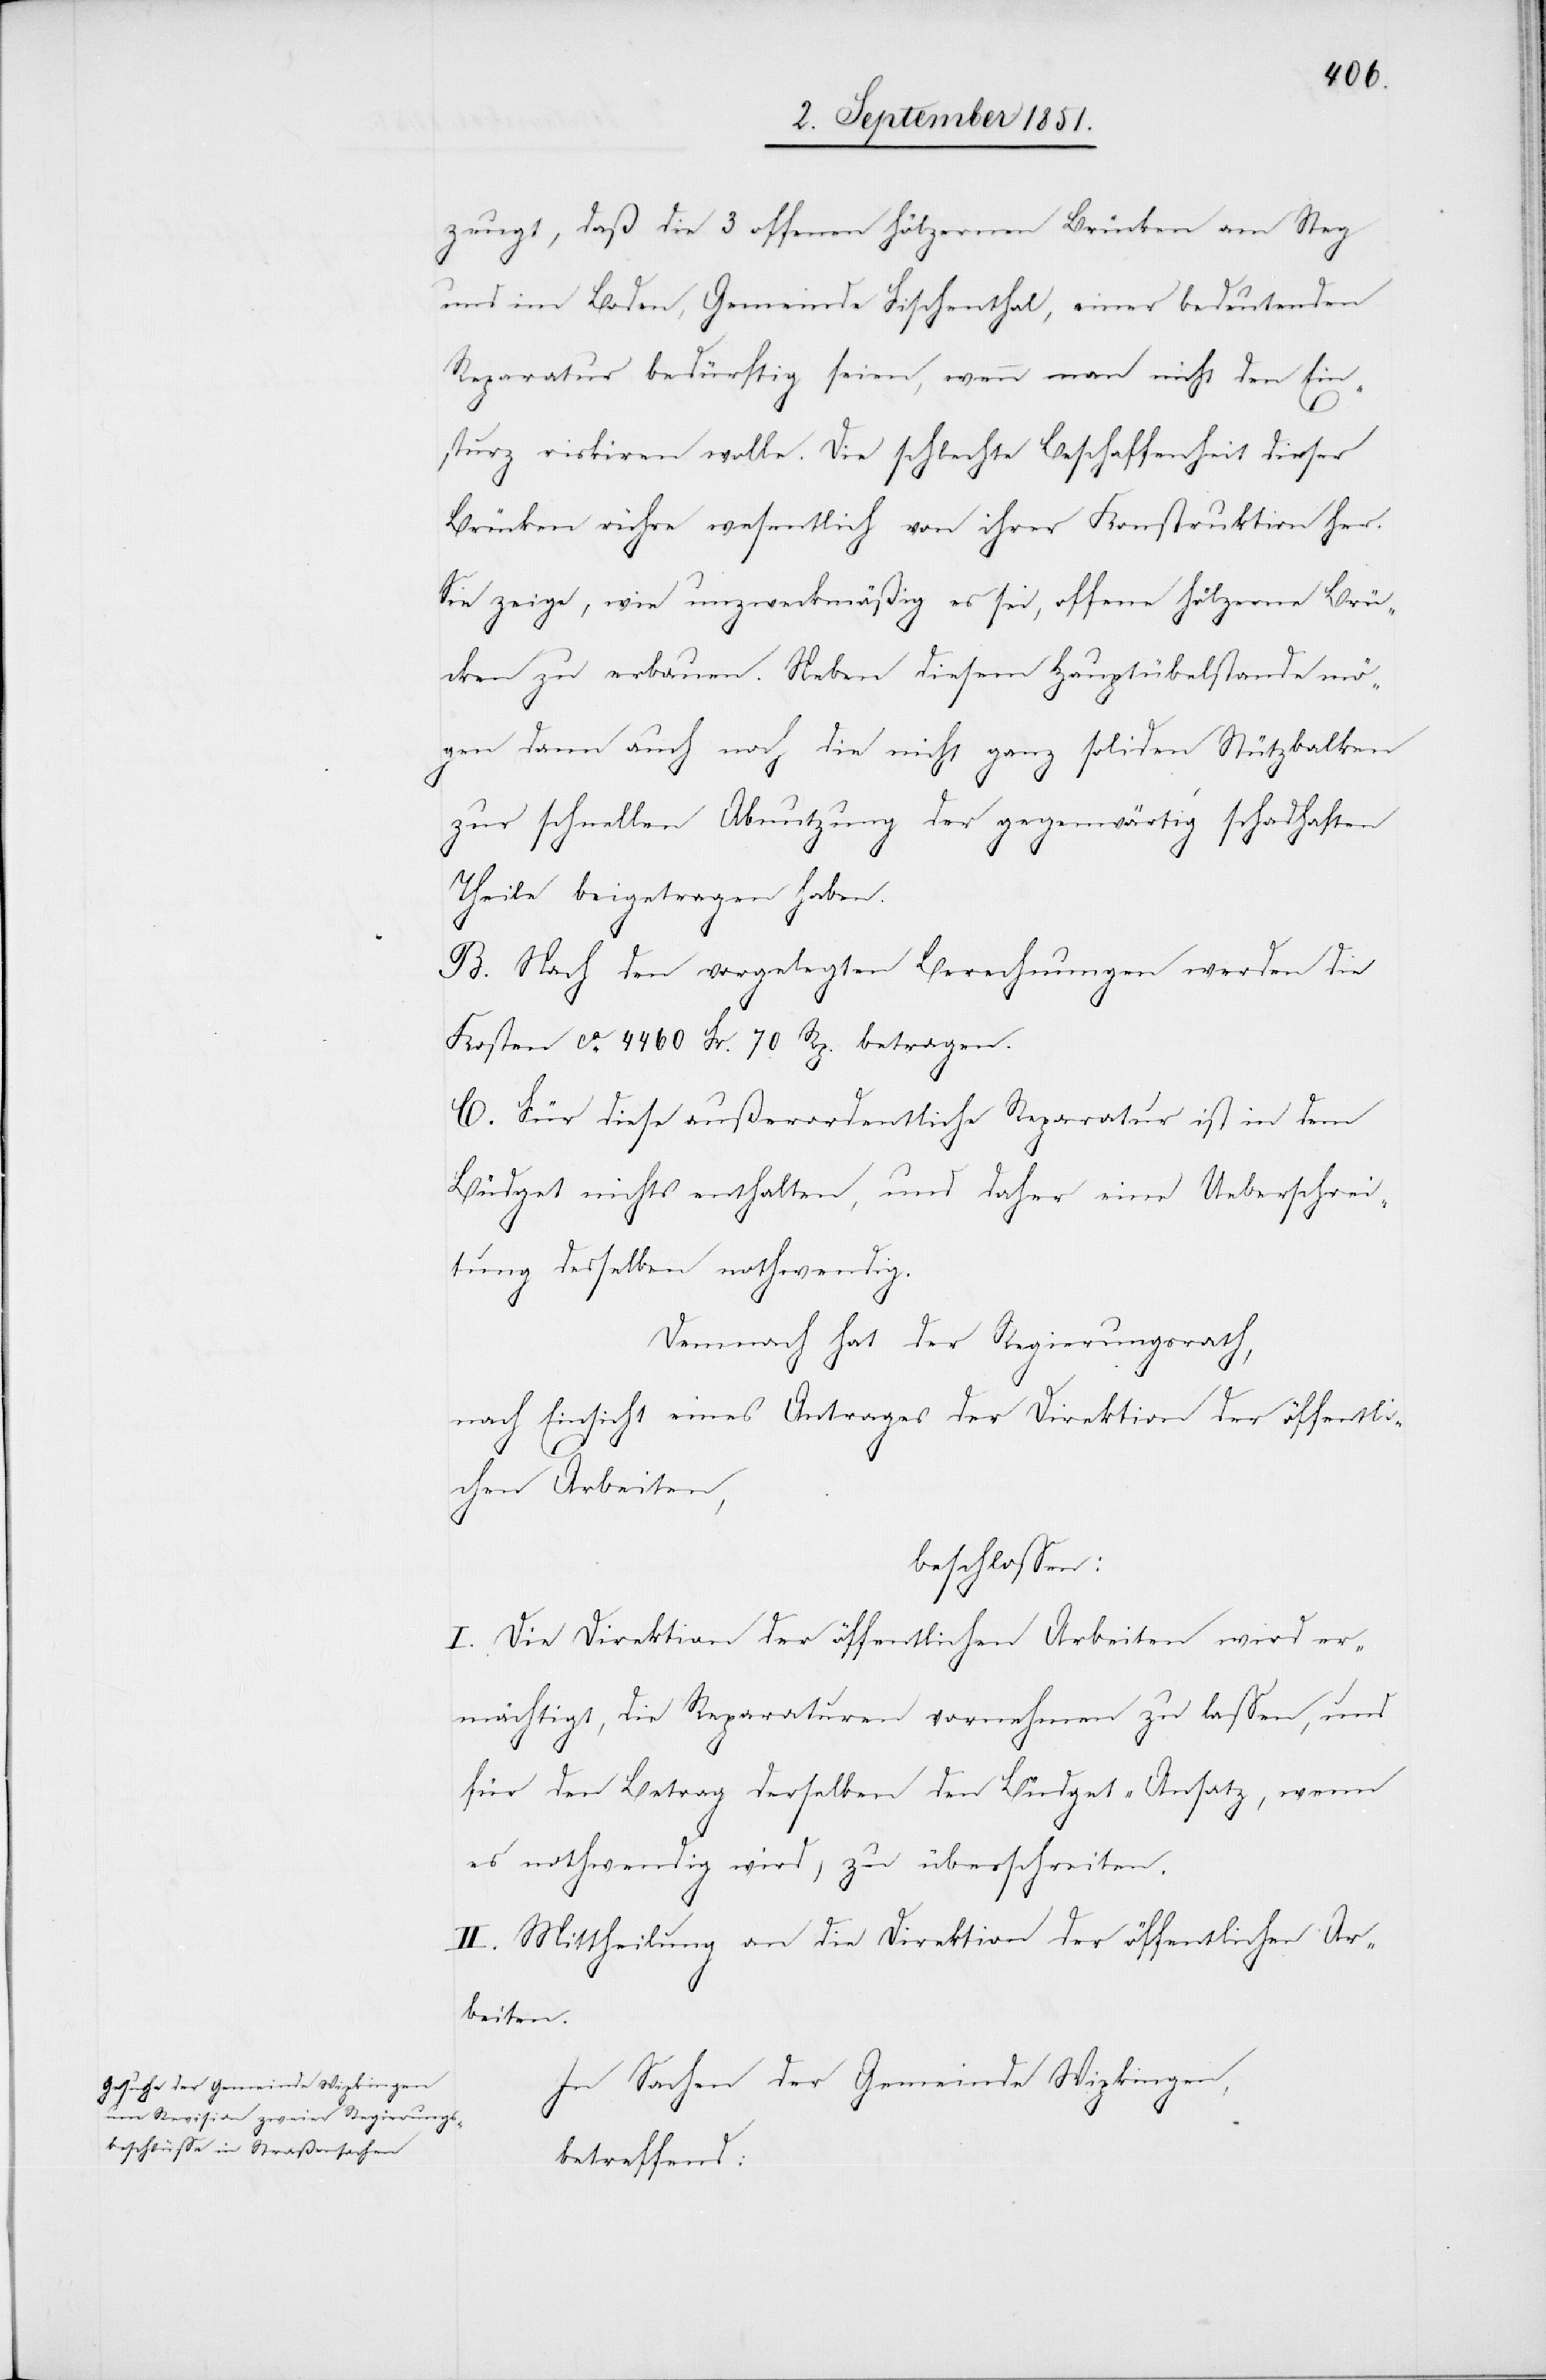
zeugt, daß die 3 offenen hölzernen Brücken am Steg
und im Boden, Gemeinde Fischenthal, einer bedeutenden
Reparatur bedürftig seien, wenn man nicht den Ein¬
sturz riskiren wolle. Die schlechte Beschaffenheit dieser
Brücken rühre wesentlich von ihrer Konstruktion her.
Sie zeige, wie unzweckmäßig es sei, offene hölzerne Brü¬
cken zu erbauen. Neben diesem Hauptübelstande mö¬
gen dann auch noch die nicht ganz soliden Stützbalken
zur schnellen Abnutzung der gegenwärtig schadhaften
Theile beigetragen haben.
B. Nach den vorgelegten Berechnungen werden die
Kosten ca. 4460 Fr. 70 Rp. betragen.
C. Für diese außerordentliche Reparatur ist in dem
Büdget nichts enthalten, und daher eine Ueberschrei¬
tung desselben nothwendig.
Demnach hat der Regierungsrath,
nach Einsicht eines Antrages der Direktion der öffentli¬
chen Arbeiten,
beschlossen:
I. Die Direktion der öffentlichen Arbeiten wird er¬
mächtigt, die Reparaturen vornehmen zu lassen, und
für den Betrag derselben den Büdget-Ansatz, wenn
es nothwendig wird, zu überschreiten.
II. Mittheilung an die Direktion der öffentlichen Ar¬
beiten.
In Sachen der Gemeinde Wipkingen,
betreffend: